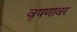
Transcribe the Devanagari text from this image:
वृषणावर